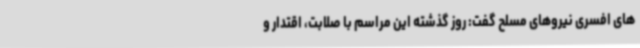
های افسری نیروهای مسلح گفت: روز گذشته این مراسم با صلابت، اقتدار و